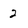
Character: 2